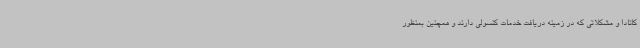
کانادا و مشکلاتی که در زمینه دریافت خدمات کنسولی دارند و همچنین بمنظور